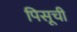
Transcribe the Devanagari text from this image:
पिसूची